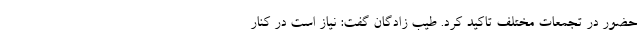
حضور در تجمعات مختلف تاکید کرد. طیب زادگان گفت: نیاز است در کنار